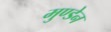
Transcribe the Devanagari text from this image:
मुण्‍डेन